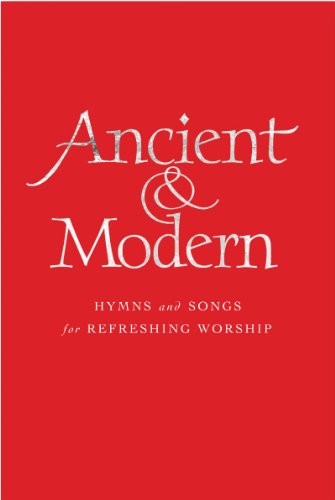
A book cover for Ancient and Modern Full Music Edition: Hymns and Songs for Refreshing worship; Christian Books & Bibles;